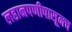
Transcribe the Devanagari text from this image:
लहानपणीपासूनच